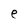
Character: e